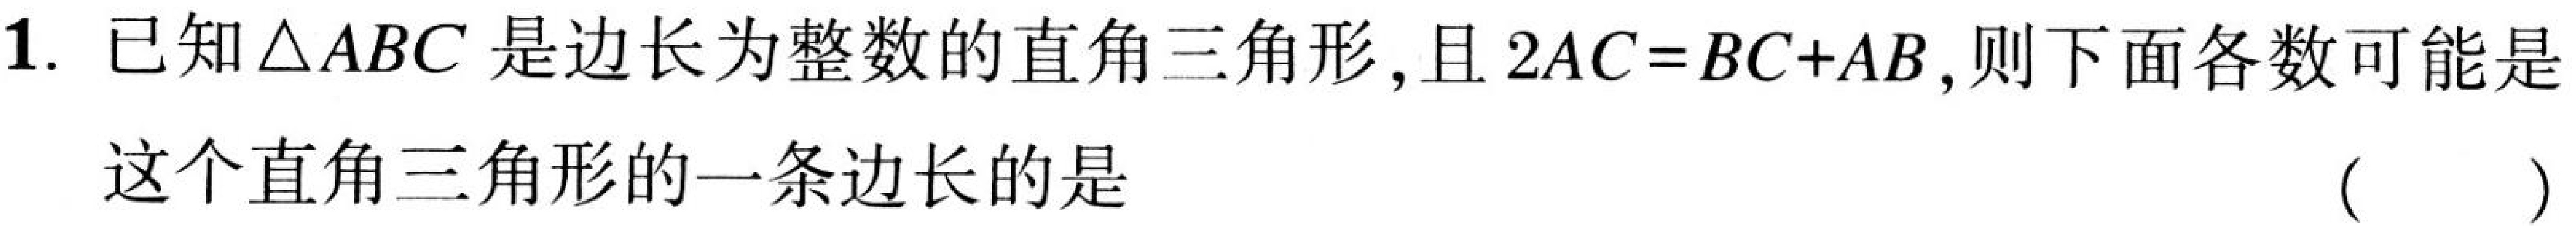
1. 已知\(\triangle ABC\)是边长为整数的直角三角形,且\(2AC = BC + AB\),则下面各数可能是
这个直角三角形的一条边长的是 （  ）